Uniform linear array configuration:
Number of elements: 16
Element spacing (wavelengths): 0.25
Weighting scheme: hann
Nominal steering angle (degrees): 0
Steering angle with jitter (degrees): -0.4069
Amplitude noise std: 0.05
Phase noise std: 0.05

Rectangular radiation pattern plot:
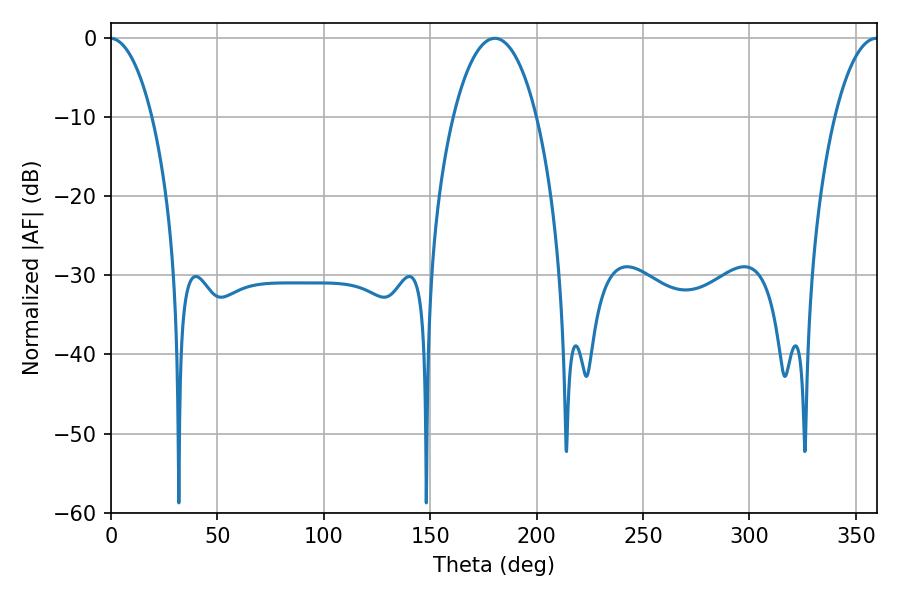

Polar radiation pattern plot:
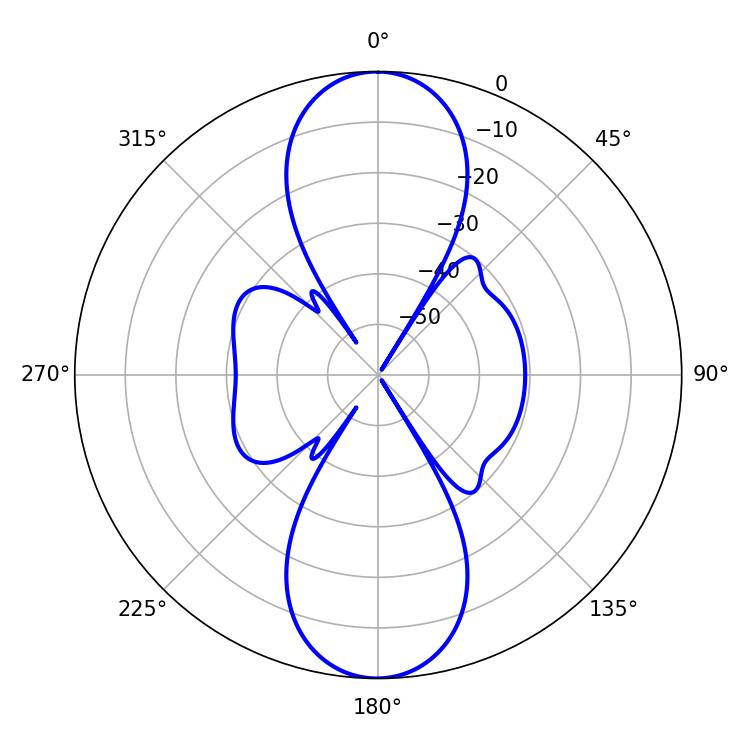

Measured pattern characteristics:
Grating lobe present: FALSE
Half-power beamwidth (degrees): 21.96
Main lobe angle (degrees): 180.36